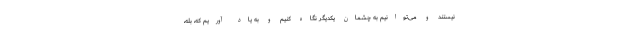
نیستند و می‌توانیم به چشمان یکدیگر نگاه کنیم و به یاد آوریم که، بله،